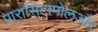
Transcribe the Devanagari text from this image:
पारासिटामोलऔर